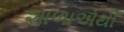
શાળાએથી